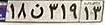
۱۸ن۳۱۹۱۳